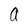
Character: a